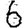
Digit: 6